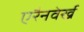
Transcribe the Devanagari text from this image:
एरैनवेर्ख